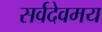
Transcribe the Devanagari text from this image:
सर्वदेवमय